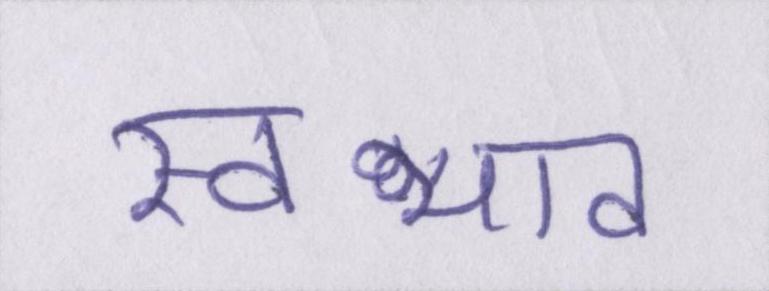
स्वभाव